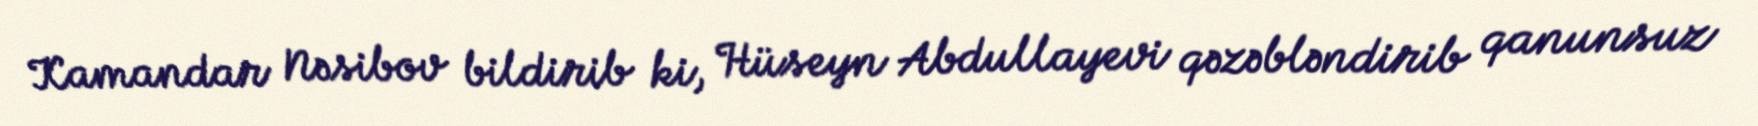
Kamandar Nəsibov bildirib ki, Hüseyn Abdullayevi qəzəbləndirib qanunsuz